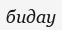
бидау